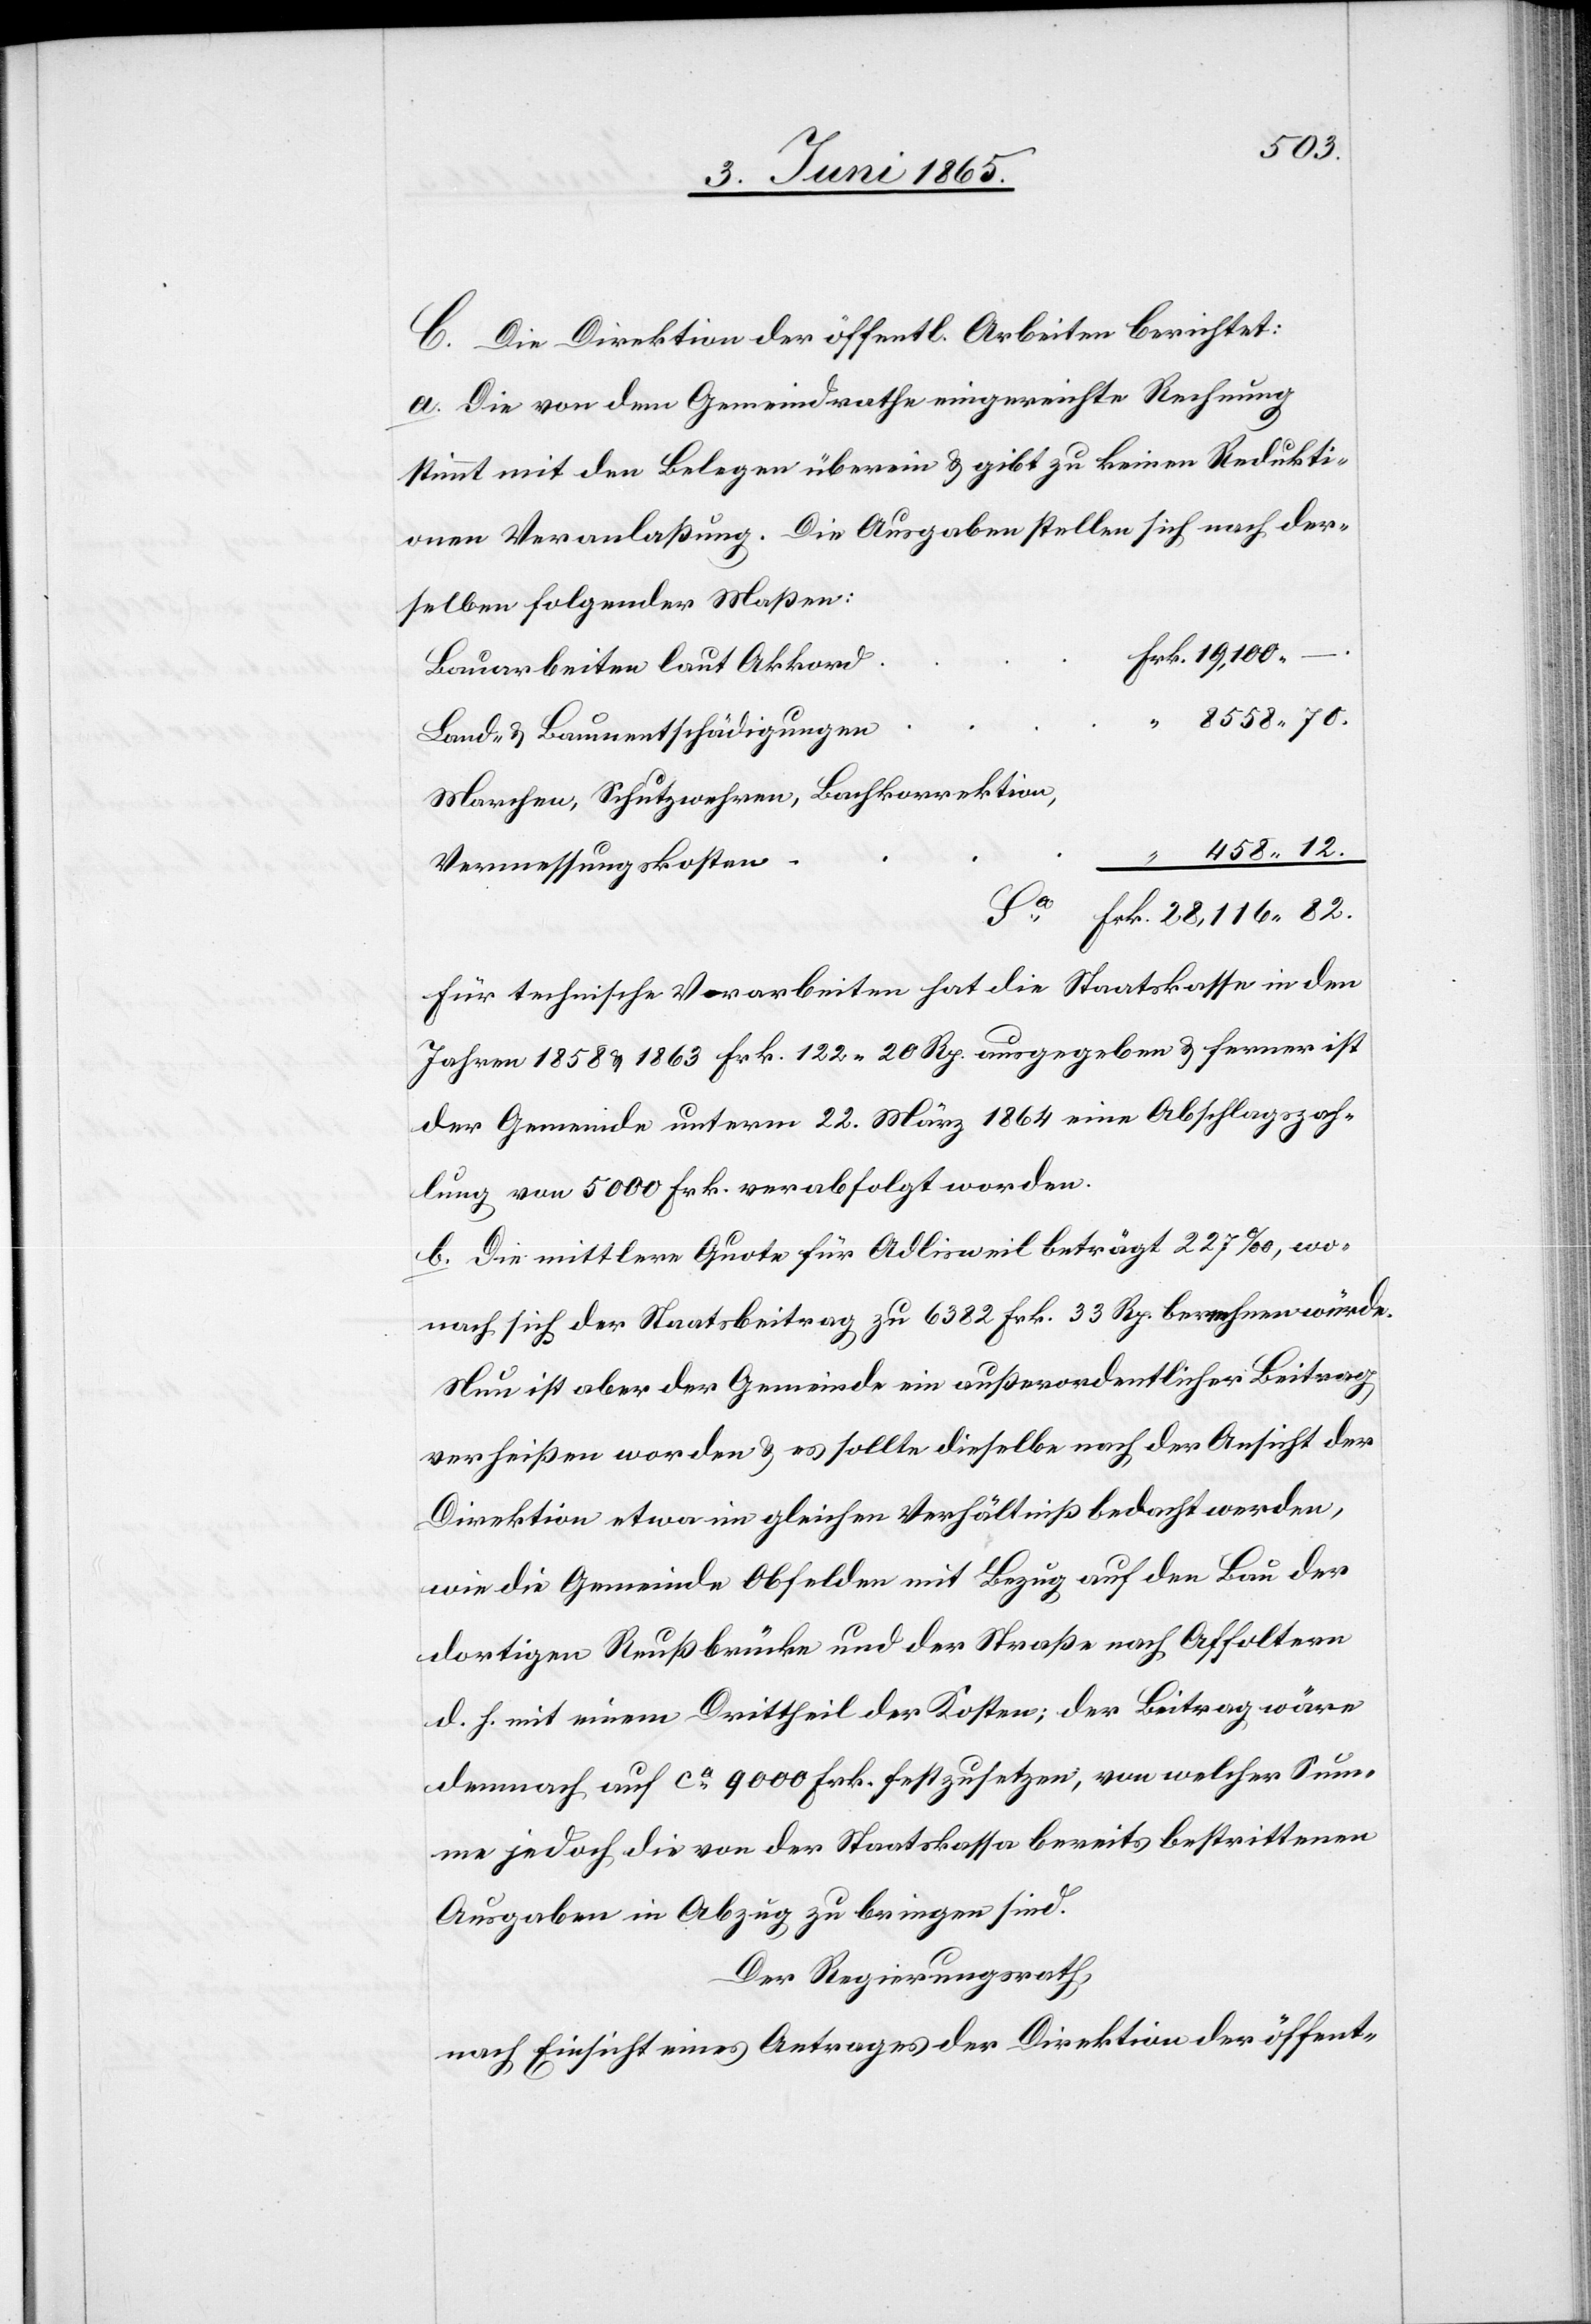
82.
C. Die Direktion der öffentl. Arbeiten berichtet:
a. Die von dem Gemeindrathe eingereichte Rechnung
stimmt mit den Belegen überein & gibt zu keinen Redukti¬
onen Veranlaßung. Die Ausgaben stellen sich nach der¬
selben folgender Maßen:
Bauarbeiten laut Akkord
Land- & Baumentschädigungen
Marchen, Schutzwehren, Bachkorrektion,
Vermessungskosten
Für technische Vorarbeiten hat die Staatskasse in den
Jahren 1858 & 1863 Frk. 122 20 Rp. ausgegeben & ferner ist
der Gemeinde unterm 22. März 1864 eine Abschlagszah¬
lung von 5000 Frk. verabfolgt worden.
b. Die mittlere Quote für Adlisweil beträgt 227 ‰, wo¬
nach sich der Staatsbeitrag zu 6382 Frk. 33 Rp. berechnen würde.
Nun ist aber der Gemeinde ein außerordentlicher Beitrag
verheißen worden & es sollte dieselbe nach der Ansicht der
Direktion etwa im gleichen Verhältniß bedacht werden,
wie die Gemeinde Obfelden mit Bezug auf den Bau der
dortigen Reußbrücke und der Straße nach Affoltern
d. h. mit einem Drittheil der Kosten; der Beitrag wäre
demnach auf ca 9000 Frk. festzusetzen, von welcher Sum¬
me jedoch die von der Staatskassa bereits bestrittenen
Ausgaben in Abzug zu bringen sind.
Der Regierungsrath,
nach Einsicht eines Antrages der Direktion der öffent-